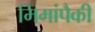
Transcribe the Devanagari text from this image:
मिमांपैकी